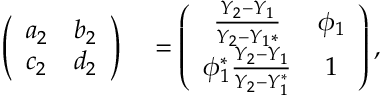
\begin{array} { r l } { \left( \begin{array} { l l } { a _ { 2 } } & { b _ { 2 } } \\ { c _ { 2 } } & { d _ { 2 } } \end{array} \right) } & { { } = \left( \begin{array} { c c } { \frac { Y _ { 2 } - Y _ { 1 } } { Y _ { 2 } - Y _ { 1 } * } } & { \phi _ { 1 } } \\ { \phi _ { 1 } ^ { * } \frac { Y _ { 2 } - Y _ { 1 } } { Y _ { 2 } - Y _ { 1 } ^ { * } } } & { 1 } \end{array} \right) , } \end{array}